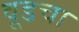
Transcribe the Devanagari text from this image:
वूडचा